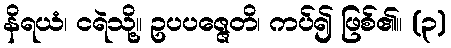
နိရယံ၊ ငရဲသို့။ ဥပပဇ္ဇေတိ၊ ကပ်၍ ဖြစ်၏။ (၃)